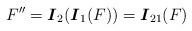
LaTeX: \begin{align*}F''=\mbox{\boldmath$I$}_2(\mbox{\boldmath$I$}_1(F))=\mbox{\boldmath$I$}_{21}(F)\end{align*}